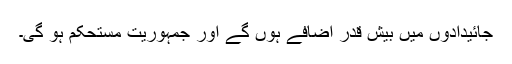
جائیدادوں میں بیش قدر اضافے ہوں گے اور جمہوریت مستحکم ہو گی۔